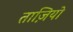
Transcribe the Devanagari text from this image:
ताज़ियो